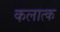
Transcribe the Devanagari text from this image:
कलात्क